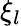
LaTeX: \xi_{l}